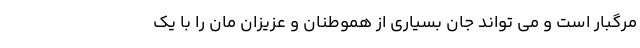
مرگبار است و می تواند جان بسیاری از هموطنان و عزیزان مان را با یک